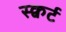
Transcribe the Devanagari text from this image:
स्क्वर्ट